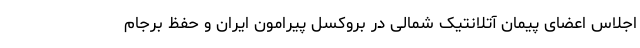
اجلاس اعضای پیمان آتلانتیک شمالی در بروکسل پیرامون ایران و حفظ برجام